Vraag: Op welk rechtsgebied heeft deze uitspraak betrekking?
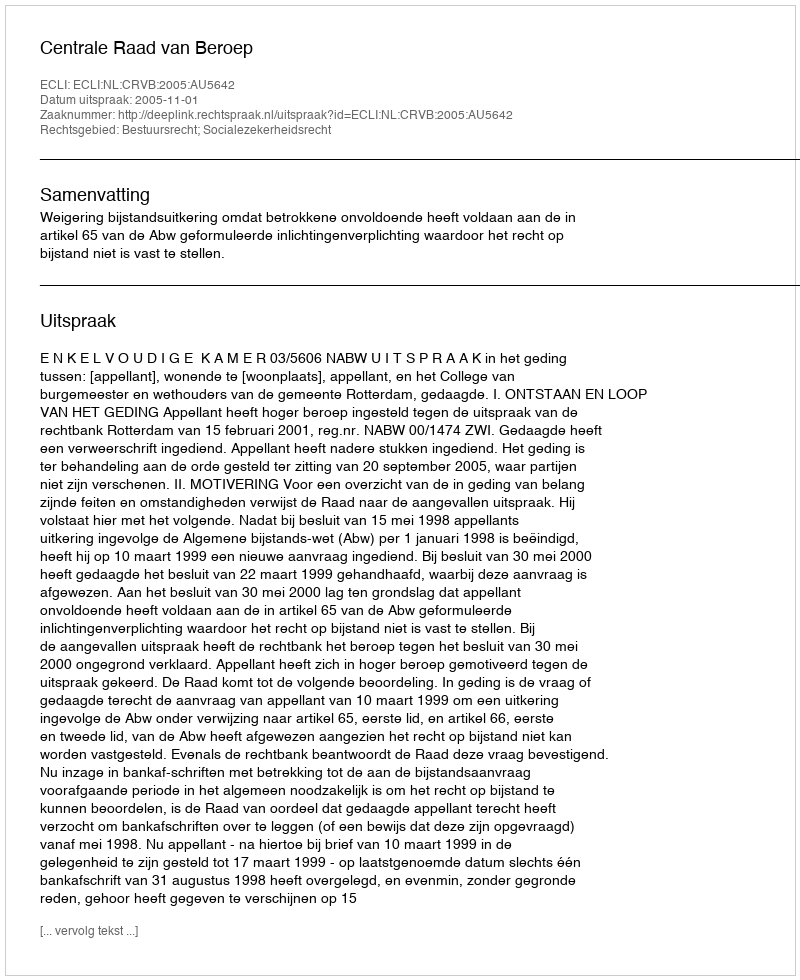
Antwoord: Bestuursrecht; Socialezekerheidsrecht